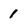
Character: 1